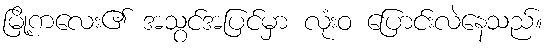
မြို့ကလေး၏ အသွင်အပြင်မှာ လုံးဝ ပြောင်းလဲနေသည်။